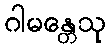
ဂါမန္တေသု